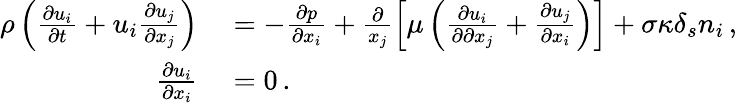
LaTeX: \begin{array}{rl}{\rho\left(\frac{\partial u_{i}}{\partial t}+u_{i}\frac{\partial u_{j}}{\partial x_{j}}\right)}&{{}=-\frac{\partial p}{\partial x_{i}}+\frac{\partial}{x_{j}}\left[\mu\left(\frac{\partial u_{i}}{\partial\partial x_{j}}+\frac{\partial u_{j}}{\partial x_{i}}\right)\right]+\sigma\kappa\delta_{s}n_{i}\, ,}\\ {\frac{\partial u_{i}}{\partial x_{i}}}&{{}=0\, .}\end{array}